Annual report of the Punjab Veterinary College and of the Civil Veterinary Department, Punjab - 1894-1908
Year: 1894
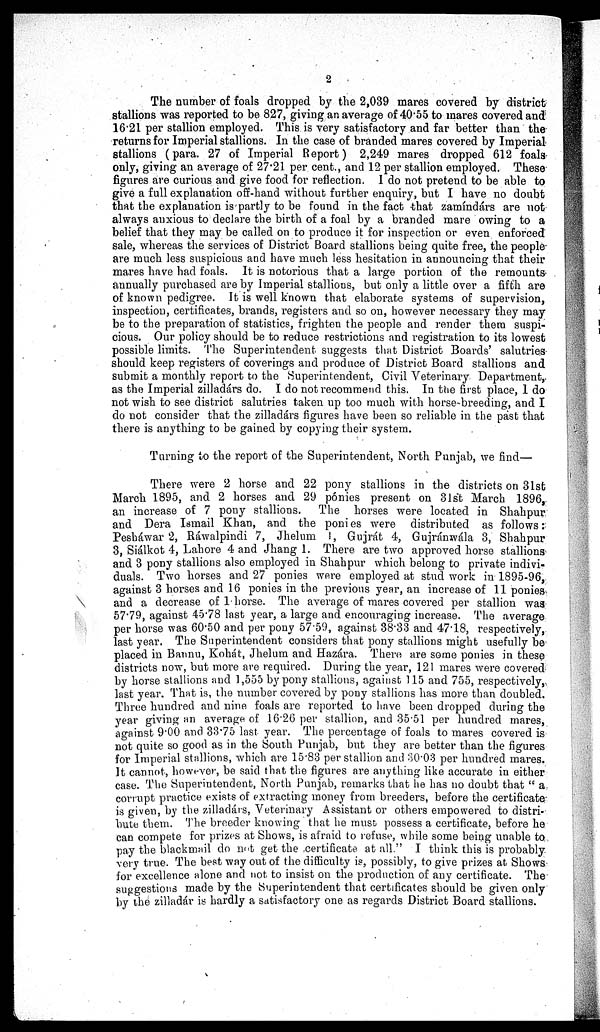
2
The number of foals dropped by the 2,039 mares covered by district
stallions was reported to be 827, giving an average of 40.55 to mares covered and
16.21 per stallion employed. This is very satisfactory and far better than the
returns for Imperial stallions. In the case of branded mares covered by Imperial
stallions (para. 27 of Imperial Report) 2,249 mares dropped 612 foals
only, giving an average of 27.21 per cent., and 12 per stallion employed. These
figures are curious and give food for reflection. I do not pretend to be able to
give a full explanation off-hand without further enquiry, but I have no doubt
that the explanation is partly to be found in the fact that zamíndárs are not
always anxious to declare the birth of a foal by a branded mare owing to a
belief that they may be called on to produce it for inspection or even enforced
sale, whereas the services of District Board stallions being quite free, the people
are much less suspicious and have much less hesitation in announcing that their
mares have had foals. It is notorious that a large portion of the remounts
annually purchased are by Imperial stallions, but only a little over a fifth are
of known pedigree. It is well known that elaborate systems of supervision,
inspection, certificates, brands, registers and so on, however necessary they may
be to the preparation of statistics, frighten the people and render them suspi-
cious. Our policy should be to reduce restrictions and registration to its lowest
possible limits. The Superintendent suggests that District Boards' salutries
should keep registers of coverings and produce of District Board stallions and
submit a monthly report to the Superintendent, Civil Veterinary Department,
as the Imperial zilladárs do. I do not recommend this. In the first place, I do
not wish to see district salutries taken up too much with horse breeding, and I
do not consider that the zilladárs figures have been so reliable in the past that
there is anything to be gained by copying their system.
Turning to the report of the Superintendent, North Punjab, we find—
There were 2 horse and 22 pony stallions in the districts on 31st
March 1895, and 2 horses and 29 ponies present on 31st March 1896,
an increase of 7 pony stallions. The horses were located in Shahpur
and Dera Ismail Khan, and the ponies were distributed as follows:
Peshawar 2, Ráwalpindi 7, Jhelum 1, Gujrát 4, Gujránwála 3, Shahpur
3, Siálkot 4, Lahore 4 and Jhang 1. There are two approved horse stallions
and 3 pony stallions also employed in Shahpur which belong to private indivi-
duals. Two horses and 27 ponies were employed at stud work in 1895-96,
against 3 horses and 16 ponies in the previous year, an increase of 11 ponies
and a decrease of 1 horse. The average of mares covered per stallion was
57.79, against 45.78 last year, a large and encouraging increase. The average
per horse was 60.50 and per pony 57.59, against 38.33 and 47.18, respectively,
last year. The Superintendent considers that pony stallions might usefully be
placed in Baunu, Kohát, Jhelum and Hazára. There are some ponies in these
districts now, but more are required. During the year, 121 mares were covered
by horse stallions and 1,555 by pony stallions, against 115 and 755, respectively,
last year. That is, the number covered by pony stallions has more than doubled.
Three hundred and nine foals are reported to have been dropped during the
year giving an average of 16.26 per stallion, and 3551 per hundred mares,
against 9.00 and 33.75 last year. The percentage of foals to mares covered is
not quite so good as in the South Punjab, but they are better than the figures
for Imperial stallions, which are 15.83 per stallion and 30.03 per hundred mares.
It cannot, however, be said that the figures are anything like accurate in either
case. The Superintendent, North Punjab, remarks that he has no doubt that "a
corrupt practice exists of extracting money from breeders, before the certificate
is given, by the zilladárs, Veterinary Assistant or others empowered to distri-
bute them. The breeder knowing that he must possess a certificate, before he
can compete for prizes at Shows, is afraid to refuse, while some being unable to
pay the blackmail do not get the certificate at all." I think this is probably
very true. The best way out of the difficulty is, possibly, to give prizes at Shows
for excellence alone and not to insist on the production of any certificate. The
suggestions made by the Superintendent that certificates should be given only
by the zilladár is hardly a satisfactory one as regards District Board stallions.